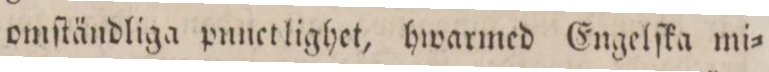
omſtändliga punetlighet, hwarmed Engelſka mi=